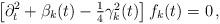
LaTeX: \begin{align*}\left[\partial_t^2+\beta_k(t)-\textstyle{1\over 4}\gamma_k^2(t)\right]f_k(t)=0\,,\end{align*}